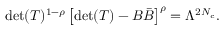
\mathrm { d e t } ( T ) ^ { 1 - \rho } \left[ \mathrm { d e t } ( T ) - B { \bar { B } } \right] ^ { \rho } = \Lambda ^ { 2 N _ { c } } .